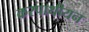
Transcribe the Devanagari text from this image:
करपाथीयन